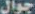
جوال